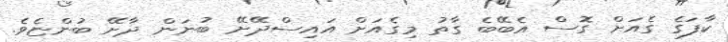
ކާފަގެ ގެއަށް ގޮސް އެބޭބެ ގާތު މިގެއަށް އައިސްދޭށޭ ބުނަން ދާށޭ ބުންޏެވެ.